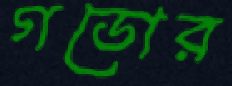
গডোর